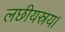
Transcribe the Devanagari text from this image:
लछीयस्रय।